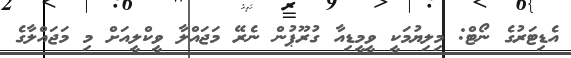
އެޑިޓަރުގެ ނޯޓް: މިލިޔުމަކީ ވީމީޑިއާ ގުރޫޕުން ނެރޭ މަޖައްލާ ވީކްލީއަށް މި މަޖައްލާގެ